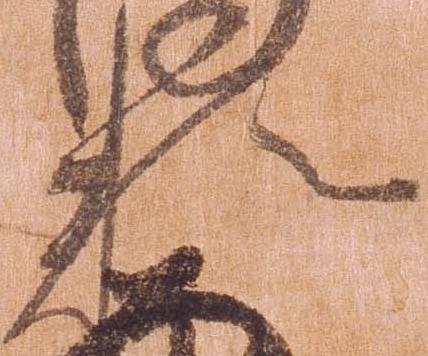
頼